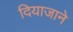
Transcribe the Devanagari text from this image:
दियाजाने